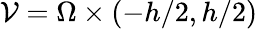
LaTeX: \mathcal{V}=\Omega\times(-h/2,h/2)